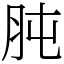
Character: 肫